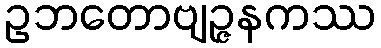
ဥဘတောဗျဉ္ဇနကဿ